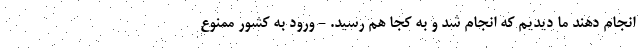
انجام دهند ما دیدیم که انجام شد و به کجا هم رسید. - ورود به کشور ممنوع